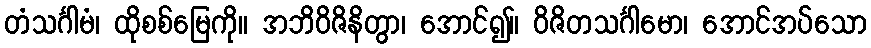
တံသင်္ဂါမံ၊ ထိုစစ်မြေကို။ အဘိဝိဇိနိတွာ၊ အောင်၍။ ဝိဇိတသင်္ဂါမော၊ အောင်အပ်သော